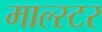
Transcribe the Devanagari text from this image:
माल्स्टर